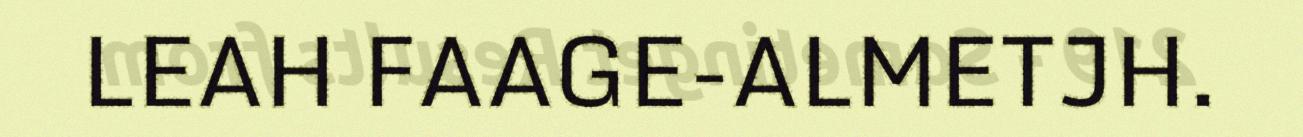
LEAH FAAGE-ALMETJH.